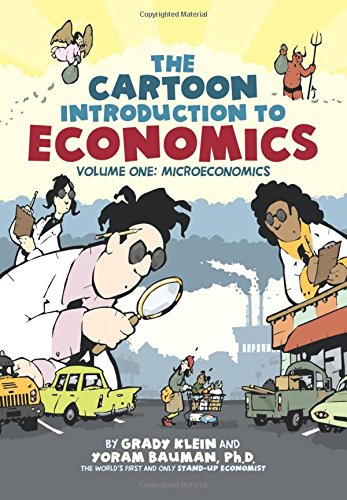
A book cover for The Cartoon Introduction to Economics: Volume One: Microeconomics; Yoram Bauman; Comics & Graphic Novels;